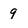
Character: 9